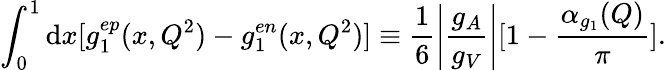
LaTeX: \int_{0}^{1}{\mathrm{d}x}[g_{1}^{ep}(x,Q^{2})-g_{1}^{en}(x,Q^{2})]\equiv\frac{1}{6}\left|\frac{g_{A}}{g_{V}}\right|[1-\frac{\alpha_{g_{1}}(Q)}{\pi}].